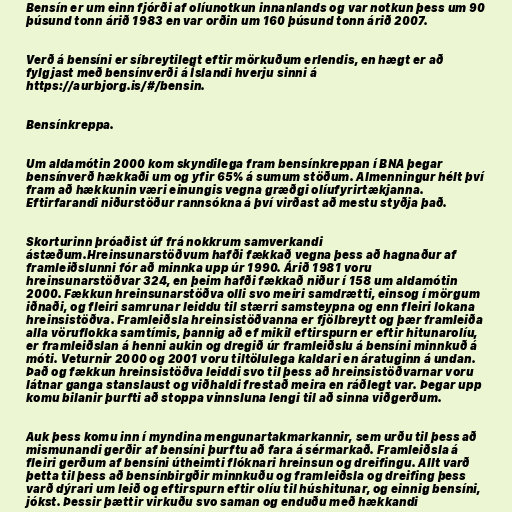
Bensín er um einn fjórði af olíunotkun innanlands og var notkun þess um 90
þúsund tonn árið 1983 en var orðin um 160 þúsund tonn árið 2007.

Verð á bensíni er síbreytilegt eftir mörkuðum erlendis, en hægt er að
fylgjast með bensínverði á Íslandi hverju sinni á
https://aurbjorg.is/#/bensin.

Bensínkreppa.

Um aldamótin 2000 kom skyndilega fram bensínkreppan í BNA þegar
bensínverð hækkaði um og yfir 65% á sumum stöðum. Almenningur hélt því
fram að hækkunin væri einungis vegna græðgi olíufyrirtækjanna.
Eftirfarandi niðurstöður rannsókna á því virðast að mestu styðja það.

Skorturinn þróaðist úf frá nokkrum samverkandi
ástæðum.Hreinsunarstöðvum hafði fækkað vegna þess að hagnaður af
framleiðslunni fór að minnka upp úr 1990. Árið 1981 voru
hreinsunarstöðvar 324, en þeim hafði fækkað niður í 158 um aldamótin
2000. Fækkun hreinsunarstöðva olli svo meiri samdrætti, einsog í mörgum
iðnaði, og fleiri samrunar leiddu til stærri samsteypna og enn fleiri lokana
hreinsistöðva. Framleiðsla hreinsistöðvanna er fjölbreytt og þær framleiða
alla vöruflokka samtímis, þannig að ef mikil eftirspurn er eftir hitunarolíu,
er framleiðslan á henni aukin og dregið úr framleiðslu á bensíni minnkuð á
móti. Veturnir 2000 og 2001 voru tiltölulega kaldari en áratuginn á undan.
Það og fækkun hreinsistöðva leiddi svo til þess að hreinsistöðvarnar voru
látnar ganga stanslaust og viðhaldi frestað meira en ráðlegt var. Þegar upp
komu bilanir þurfti að stoppa vinnsluna lengi til að sinna viðgerðum.

Auk þess komu inn í myndina mengunartakmarkannir, sem urðu til þess að
mismunandi gerðir af bensíni þurftu að fara á sérmarkað. Framleiðsla á
fleiri gerðum af bensíni útheimti flóknari hreinsun og dreifingu. Allt varð
þetta til þess að bensínbirgðir minnkuðu og framleiðsla og dreifing þess
varð dýrari um leið og eftirspurn eftir olíu til húshitunar, og einnig bensíni,
jókst. Þessir þættir virkuðu svo saman og enduðu með hækkandi